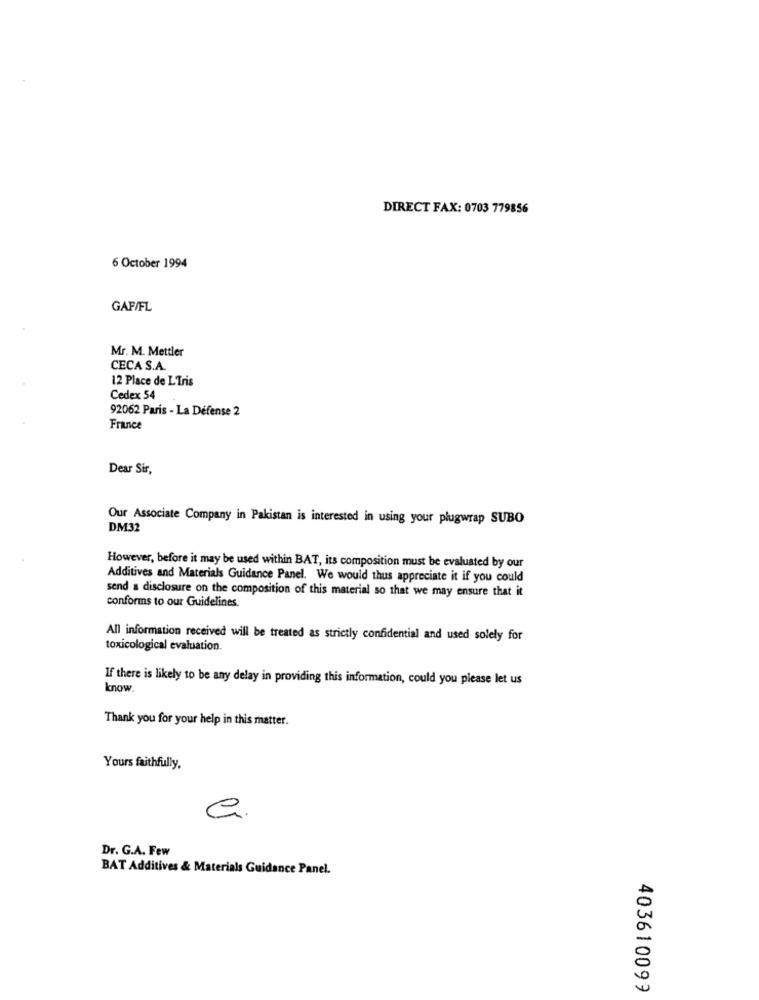
DIRECT FAX: 0703 779856
6 October 1994
GAF/FL
Mr. M. Mettler
CECA S.A.
12 Place de L'Tris
Cedex 54
92062 Paris - La Défense 2
France
Dear Sir,
Our Associate Company in Pakistan is interested in using your plugwrap SUBO
DM32
However, before it may be used within BAT, its composition must be evaluated by our
Additives and Materials Guidance Panel. We would thus appreciate it if you could
send a disclosure on the composition of this material so that we may ensure that it
conforms to our Guidelines.
All information received will be treated as strictly confidential and used solely for
toxicological evaluation.
If there is likely to be any delay in providing this information, could you please let us
know.
Thank you for your help in this matter.
Yours faithfully,
Dr. G.A. Few
BAT Additives & Materials Guidance Panel.
403610099